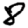
Digit: 8